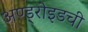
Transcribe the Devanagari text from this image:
अण्ड्रोइडची